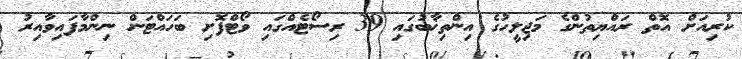
ކުރިއަށް އޮތް ރައްޔިތުންގެ މަޖިލީހުގެ އިންތިޚާބުގައި 39 ރިސޯޓެއްގައި ވޯޓްފޮށި ބަހައްޓަން ނިންމާފައިވާއިރު